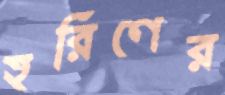
হরিণের